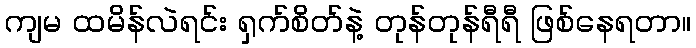
ကျမ ထမိန်လဲရင်း ရှက်စိတ်နဲ့ တုန်တုန်ရီရီ ဖြစ်နေရတာ။